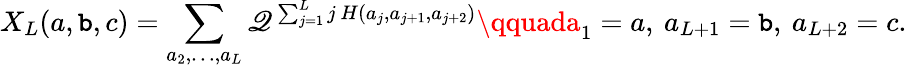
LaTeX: X_{L}(a,\mathtt{b},c)=\sum_{a_{2},\ldots,a_{L}}\mathscr{Q}^{\, \sum_{j=1}^{L}j\, H(a_{j},a_{j+1},a_{j+2})}\qquada_{1}=a,\: a_{L+1}=\mathtt{b},\: a_{L+2}=c.